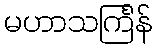
မဟာသင်္ကြန်